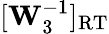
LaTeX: [\mathbf{W}_{3}^{-1}]_{\mathrm{RT}}